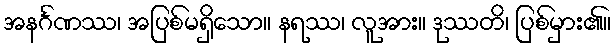
အနင်္ဂဏဿ၊ အပြစ်မရှိသော။ နရဿ၊ လူအား။ ဒုဿတိ၊ ပြစ်မှား၏။